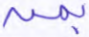
بمن